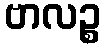
ဗာလဉ္စ